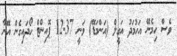
ވެސް ހިމެނޭ އަހުމަދު އަގީލް (އަންމަޑޭ) ވަނީ 12.37 ޕޮއިންޓް ހޯދައިގެން އޭނާ